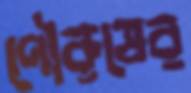
পৌরুষের